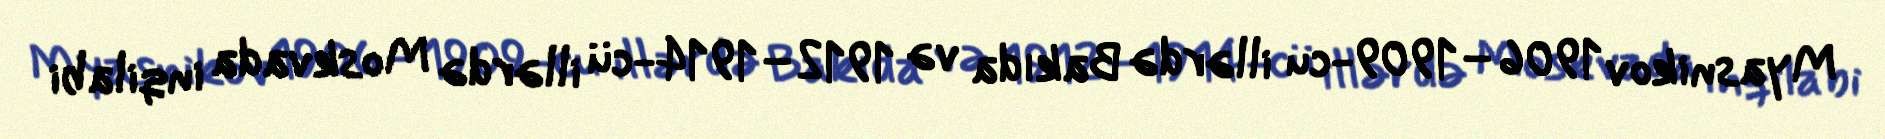
Myasnikov 1906–1909-cu illərdə Bakıda və 1912–1914-cü illərdə Moskvada inqilabi